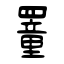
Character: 罿